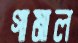
গামাল